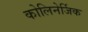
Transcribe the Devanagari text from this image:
कोलिनेर्जिक